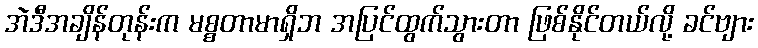
အဲဒီအချိန်တုန်းက မစ္စတာမာရှိဘ အပြင်ထွက်သွားတာ ဖြစ်နိုင်တယ်လို့ ခင်ဗျား